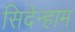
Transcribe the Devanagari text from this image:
सिदेन्हाम